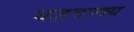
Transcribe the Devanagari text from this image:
यज्ञवल्क्य